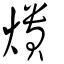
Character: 𤏳